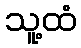
သူ့ထံ